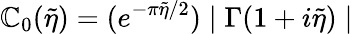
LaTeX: \mathbb{C}_{0}(\tilde{{\eta}})=(e^{-\pi\tilde{{\eta}}/2})\mid\Gamma(1+i\tilde{{\eta}})\mid